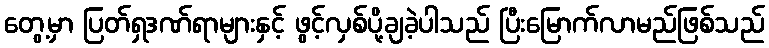
တွေ့မှာ ပြတ်ရှဒဏ်ရာများနှင့် ဖွင့်လှစ်ပို့ချခဲ့ပါသည် ပြီးမြောက်လာမည်ဖြစ်သည်